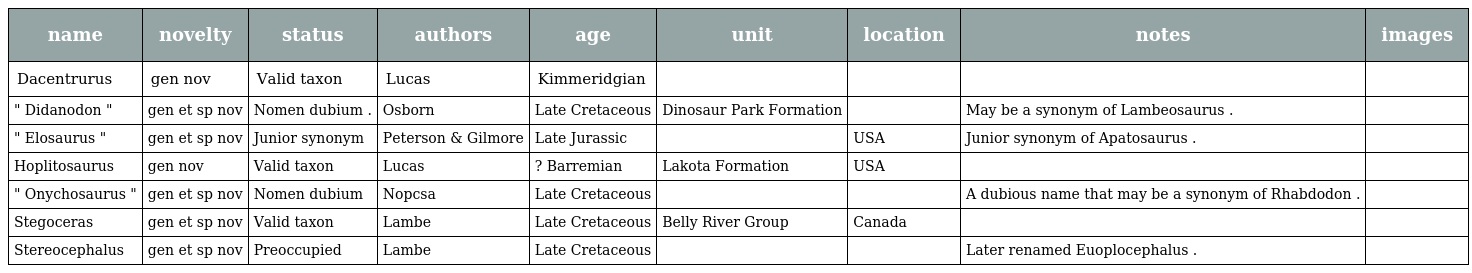
| name | novelty | status | authors | age | unit | location | notes | images |
 | --- | --- | --- | --- | --- | --- | --- | --- | --- |
 | Dacentrurus | gen nov | Valid taxon | Lucas | Kimmeridgian |  |  |  |  |
 | " Didanodon " | gen et sp nov | Nomen dubium . | Osborn | Late Cretaceous | Dinosaur Park Formation |  | May be a synonym of Lambeosaurus . |  |
 | " Elosaurus " | gen et sp nov | Junior synonym | Peterson & Gilmore | Late Jurassic |  | USA | Junior synonym of Apatosaurus . |  |
 | Hoplitosaurus | gen nov | Valid taxon | Lucas | ? Barremian | Lakota Formation | USA |  |  |
 | " Onychosaurus " | gen et sp nov | Nomen dubium | Nopcsa | Late Cretaceous |  |  | A dubious name that may be a synonym of Rhabdodon . |  |
 | Stegoceras | gen et sp nov | Valid taxon | Lambe | Late Cretaceous | Belly River Group | Canada |  |  |
 | Stereocephalus | gen et sp nov | Preoccupied | Lambe | Late Cretaceous |  |  | Later renamed Euoplocephalus . |  |